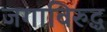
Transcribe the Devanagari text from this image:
जगाविरुद्ध